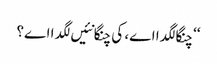
‘‘ چنگا لگدا اے، کی چنگا نئیں لگدا اے؟